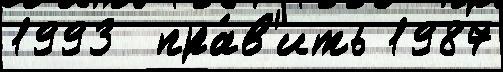
1993  пра́в'ить 1987